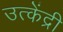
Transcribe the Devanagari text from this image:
उत्केंद्री